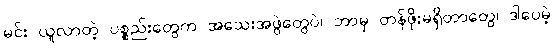
မင်း ယူလာတဲ့ ပစ္စည်းတွေက အသေးအဖွဲတွေပဲ၊ ဘာမှ တန်ဖိုးမရှိတာတွေ၊ ဒါပေမဲ့